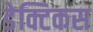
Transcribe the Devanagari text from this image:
डेक्टिकस